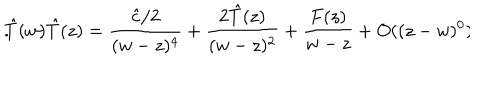
LaTeX: \hat { T } ( w ) \hat { T } ( z ) = \frac { \hat { c } / 2 } { ( w - z ) ^ { 4 } } + \frac { 2 \hat { T } ( z ) } { ( w - z ) ^ { 2 } } + \frac { F ( z ) } { w - z } + O ( ( z - w ) ^ { 0 } ) \hspace { . 3 i n } .